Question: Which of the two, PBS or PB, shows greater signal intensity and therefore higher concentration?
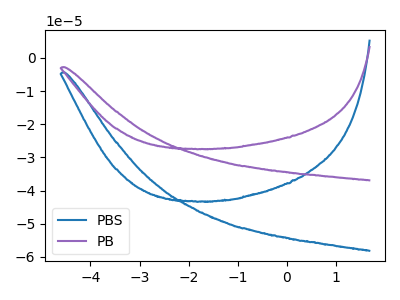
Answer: <think>The blue curve "PBS" has no peaks. The purple curve "PB" has no peaks.
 Neither "PBS" or "PB" have any peaks.</think>
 <answer>I cant tell if "PBS" or "PB" has higher concentration.</answer>
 <eval>mixed_concentration</eval>